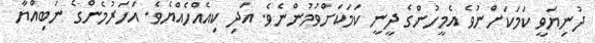
ދުނިޔަވީ ކަމަކަށްނުވެ އެމީހުންގެ ދީނީ ކަމަކަށްވުމުންނެވެ. އަދި ކިއެއްހެއްޔެވެ. އަހަރުމެންގެ ނަބިއްޔާ